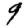
Digit: 9